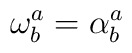
\mathbf{\omega }_{b}^{a}=\mathbf{\alpha }_{b}^{a}